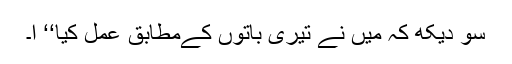
سو دیکھ کہ میں نے تیری باتوں کےمطابق عمل کیا‘‘ ا۔